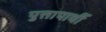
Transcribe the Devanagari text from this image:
पुत्तापार्थी